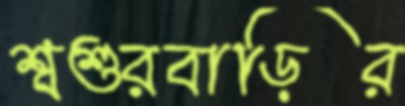
শ্বশুরবাড়ির